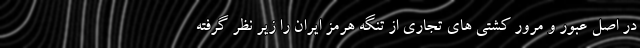
در اصل عبور و مرور کشتی های تجاری از تنگه هرمز ایران را زیر نظر گرفته